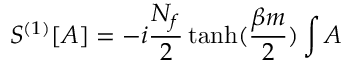
S ^ { ( 1 ) } [ A ] = - i \frac { N _ { f } } { 2 } \operatorname { t a n h } ( \frac { \beta m } { 2 } ) \int A